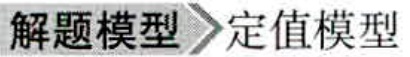
解题模型 定值模型